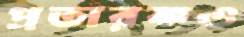
প্রতারকও